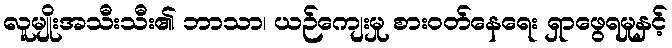
လူမျိုးအသီးသီး၏ ဘာသာ၊ ယဉ်ကျေးမှု စားဝတ်နေရေး ရှာဖွေရမှုနှင့်